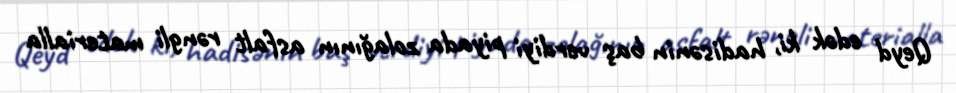
Qeyd edək ki, hadisənin baş verdiyi piyada zolağının asfalt rəngli materialla